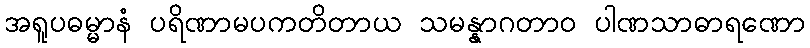
အရူပဓမ္မာနံ ပရိဏာမပကတိတာယ သမန္နာဂတာဝ ပါဏသာဓာရဏော